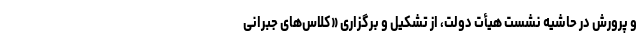
و پرورش در حاشیه نشست هیأت دولت، از تشکیل و برگزاری «کلاس‌های جبرانی